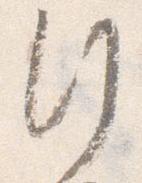
行